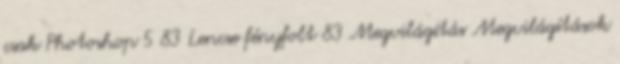
csak Photoshop 5 83 Lencse fényfolt 83 Megvilágítás Megvilágítások